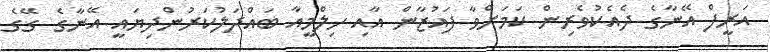
އަރީފް އޭނާގެ ދެއެކުވެރިން ކަމަށްވާ ފައުޒާން އާއި ހިލްމީއާ ބައްދަލުކަރުންދިޔައީ އޭނާގެ ގޭގެ